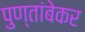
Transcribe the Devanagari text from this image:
पुण्तांबेकर